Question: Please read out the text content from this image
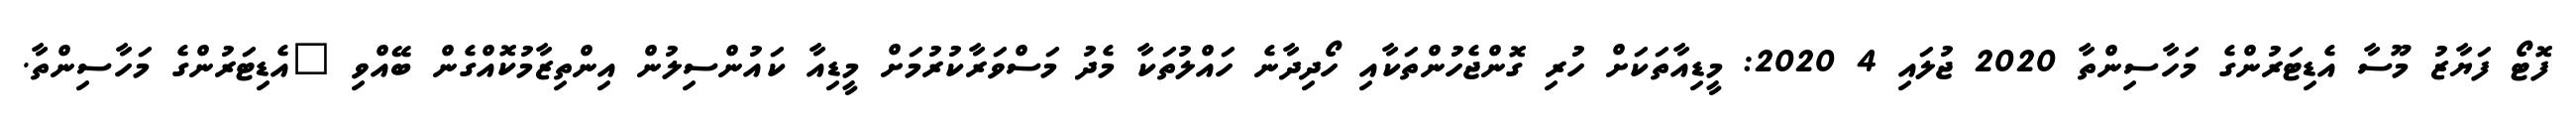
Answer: ފޮޓޯ ފަޔާޒު މޫސާ އެޑިޓަރުންގެ މަހާސިންތާ 2020 ޖުލައި 4 2020: މީޑިއާތަކަށް ހުރި ގޮންޖެހުންތަކާއި ހޯދިދާނެ ހައްލުތަކާ މެދު މަސްވަރާކުރުމަށް މީޑިއާ ކައުންސިލުން އިންތިޒާމުކޮއްގެން ބޭއްވި "އެޑިޓަރުންގެ މަހާސިންތާ.